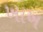
ખાખ